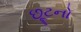
છૂટનો